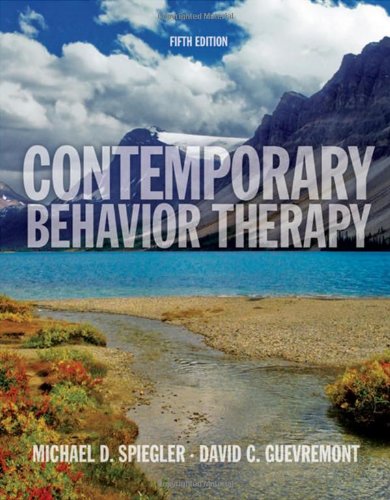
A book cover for Contemporary Behavior Therapy; Michael D. Spiegler; Science & Math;